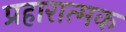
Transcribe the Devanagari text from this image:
प्रहारात्मक